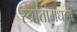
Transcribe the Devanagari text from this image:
स्त्रोतांमधला